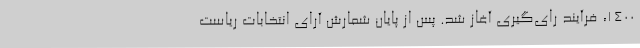
۱۴۰۰، فرآیند رای‌گیری آغاز شد. پس از پایان شمارش آرای انتخابات ریاست